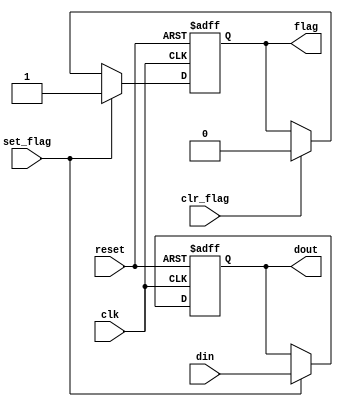
// --------------------------------------------------------------------
// >>>>>>>>>>>>>>>>>>>>>>>>> COPYRIGHT NOTICE <<<<<<<<<<<<<<<<<<<<<<<<<
// --------------------------------------------------------------------
// Github: https://github.com/abdelazeem201
// Description: flag_buf module
// Dependencies: 
// Since: 2021-12-25 10:30:5
// LastEditors: ahmed abdelazeem
// LastEditTime: 2021-12-25 10:32:5
// ********************************************************************
// Module Function:
module flag_buf
   #(parameter W = 8) // # buffer bits
   (
    input wire clk, reset,
    input wire clr_flag, set_flag,
    input wire [W-1:0] din,
    output wire flag,
    output wire [W-1:0] dout
   );

   // signal declaration
   reg [W-1:0] buf_reg, buf_next;
   reg flag_reg, flag_next;


   // body
   // FF & register
   always @(posedge clk, posedge reset)
      if (reset)
         begin
            buf_reg <= 0;
            flag_reg <= 1'b0;
         end
      else
         begin
            buf_reg <= buf_next;
            flag_reg <= flag_next;
         end

   // next-state logic
   always @*
   begin
      buf_next = buf_reg;
      flag_next = flag_reg;
      if (set_flag)
         begin
            buf_next = din;
            flag_next = 1'b1;
         end
      else if (clr_flag)
         flag_next = 1'b0;
   end
   // output logic
   assign dout = buf_reg;
   assign flag = flag_reg;

endmodule